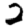
Digit: 2